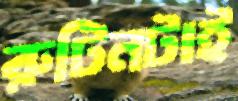
রুটিনটাই